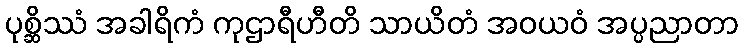
ပုစ္ဆိဿံ အခါရိကံ ကုဌာရီဟီတိ သာယိတံ အဝယဝံ အပ္ပညာတာ